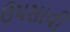
ઉપસાવી